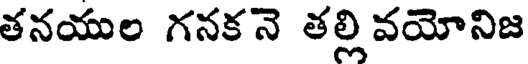
తనయుల గనక నె తల్లి వయోనిజ